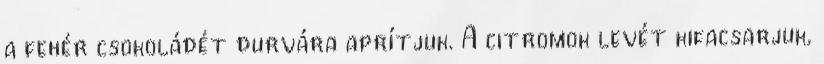
a fehér csokoládét durvára aprítjuk. A citromok levét kifacsarjuk,